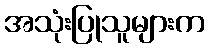
အသုံးပြုသူများက